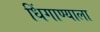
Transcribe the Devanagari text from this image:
धिंगाण्याला